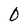
Character: 0